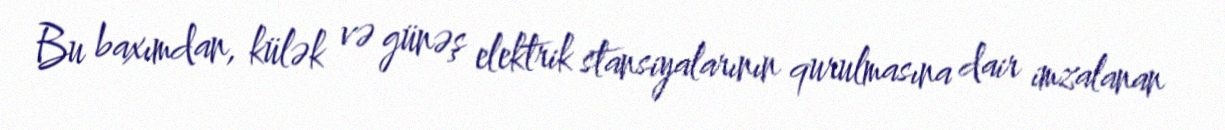
Bu baxımdan, külək və günəş elektrik stansiyalarının qurulmasına dair imzalanan